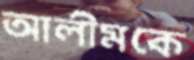
আলীমকে